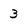
Character: 3